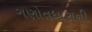
ગણોતધારાની